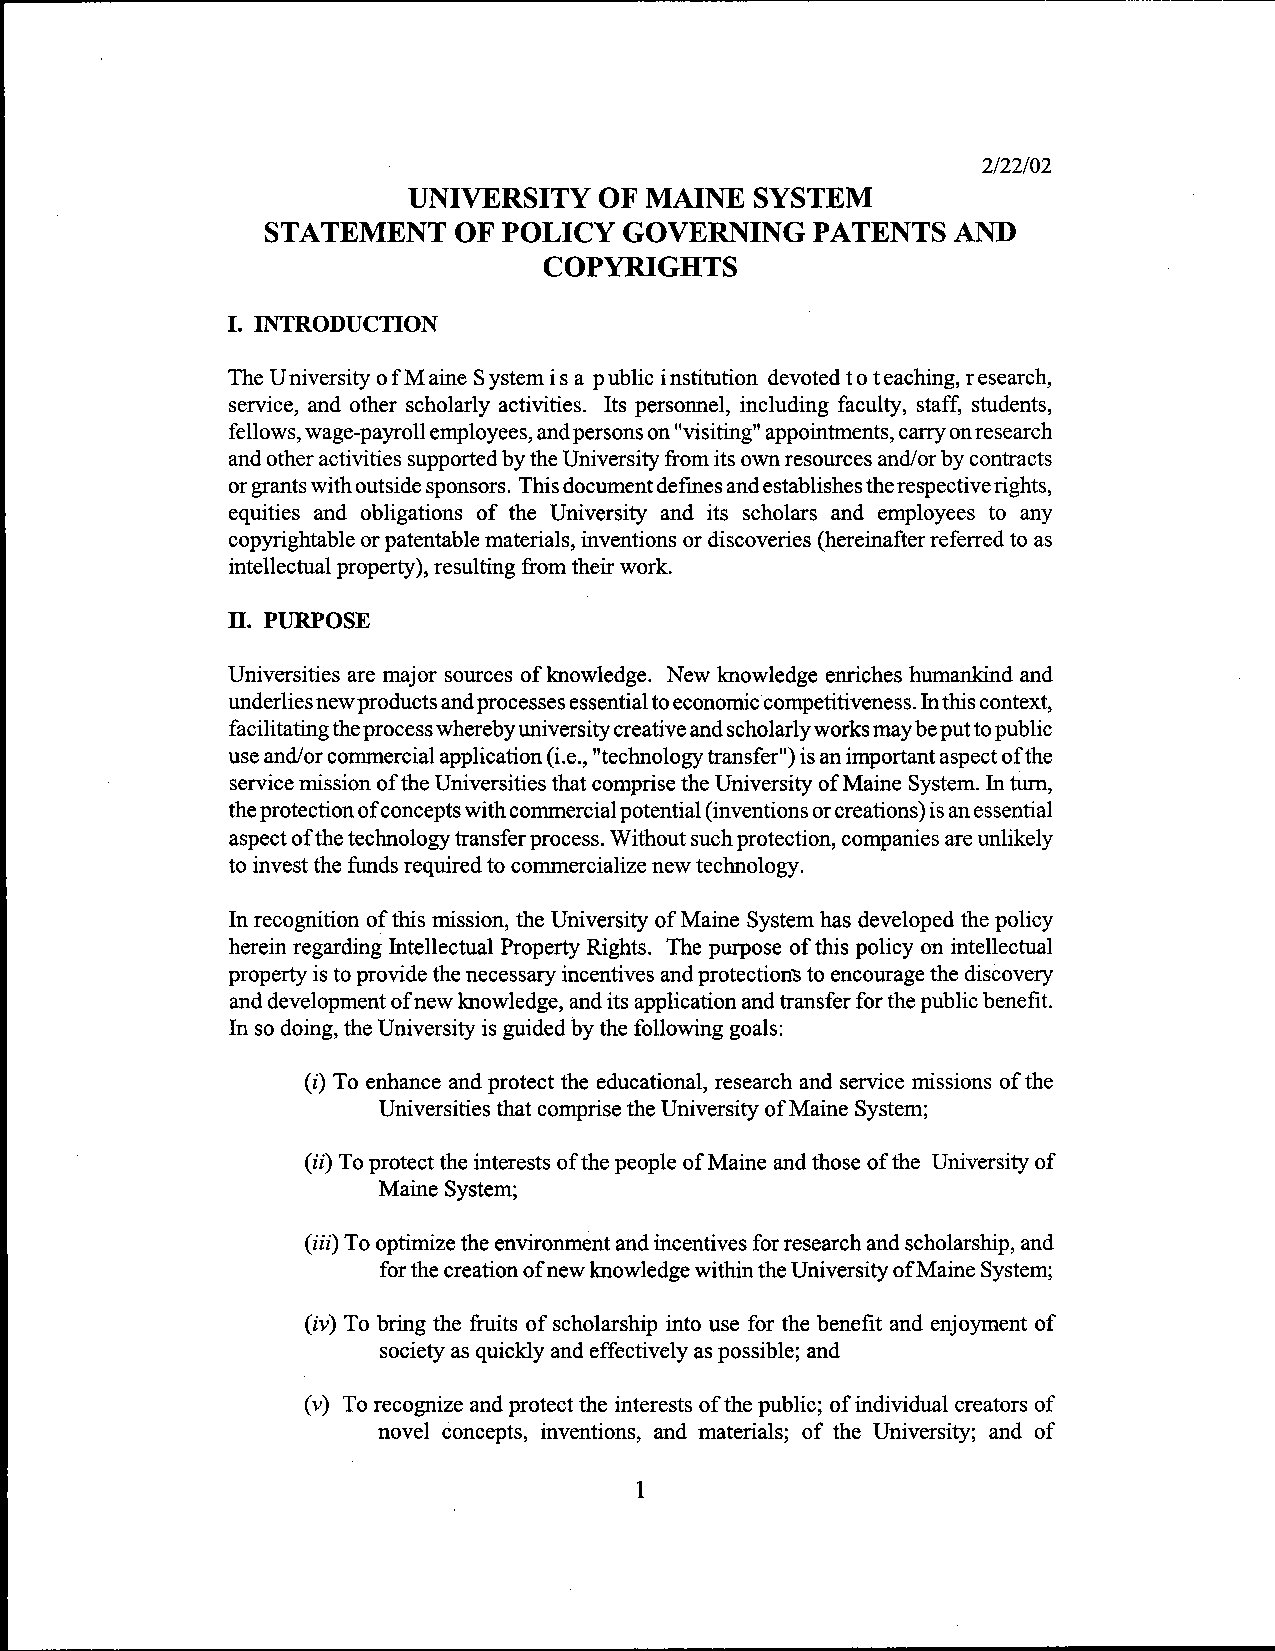
2/22/02
 UNIVERSITY   OF MAINE  SYSTEM
 STATEMENT   OF POLICY  GOVERNING    PATENTS  AND
 COPYRIGHTS
 I. INTRODUCTION
 The University of Maine System is a public institution devoted to teaching, research,
 service, and other scholarly activities. Its personnel, including faculty, staff, students,
 fellows, wage-payroll employees, and persons on "visiting" appointments, carry on research
 and other activities supported by the University from its own resources and/or by contracts
 or grants with outside sponsors. This document defines and establishes the respective rights,
 equities and obligations of the University and its scholars and employees to any
 copyrightable or patentable materials, inventions or discoveries (hereinafter referred to as
 intellectual property), resulting from their work.
 II. PURPOSE
 Universities are major sources of knowledge. New knowledge enriches humankind and
 underlies new products and processes essential to economic competitiveness. In this context,
 facilitating the process whereby university creative and scholarly works may be put to public
 use and/or commercial application (i.e., "technology transfer") is an important aspect of the
 service mission of the Universities that comprise the University of Maine System. In tum,
 the protection of concepts with commercial potential (inventions or creations) is an essential
 aspect of the technology transfer process. Without such protection, companies are unlikely
 to invest the funds required to commercialize new technology.
 In recognition of this mission, the University of Maine System has developed the policy
 herein regarding Intellectual Property Rights. The purpose of this policy on intellectual
 property is to provide the necessary incentives and protection"S to encourage the discovery
 and development of new knowledge, and its application and transfer for the public benefit.
 In so doing, the University is guided by the following goals:
 (i) To enhance and protect the educational, research and service missions of the
 Universities that comprise the University of Maine System;
 (ii) To protect the interests of the people of Maine and those of the University of
 Maine System;
 (iii) To optimize the environment and incentives for research and scholarship, and
 for the creation of new knowledge within the University of Maine System;
 (iv) To bring the fruits of scholarship into use for the benefit and enjoyment of
 society as quickly and effectively as possible; and
 (v) To recognize and protect the interests of the public; of individual creators of
 novel concepts, inventions, and materials; of the University; and of
 1